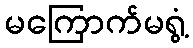
မကြောက်မရွံ့